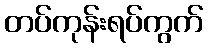
တပ်ကုန်းရပ်ကွက်